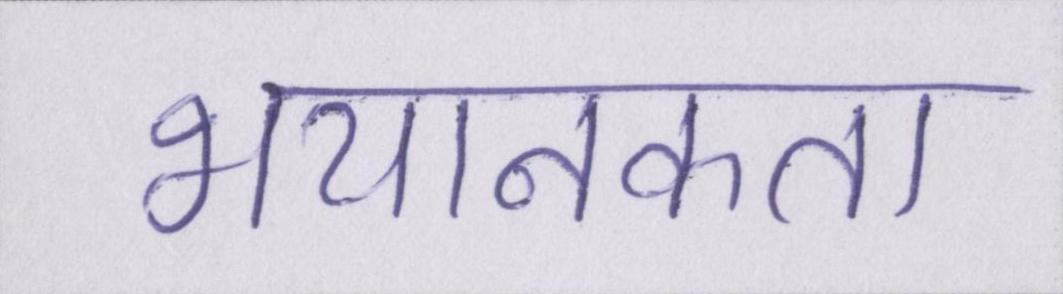
भयानकता